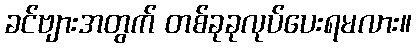
ခင်ဗျားအတွက် တစ်ခုခုလုပ်ပေးရမလား။